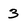
Character: 3